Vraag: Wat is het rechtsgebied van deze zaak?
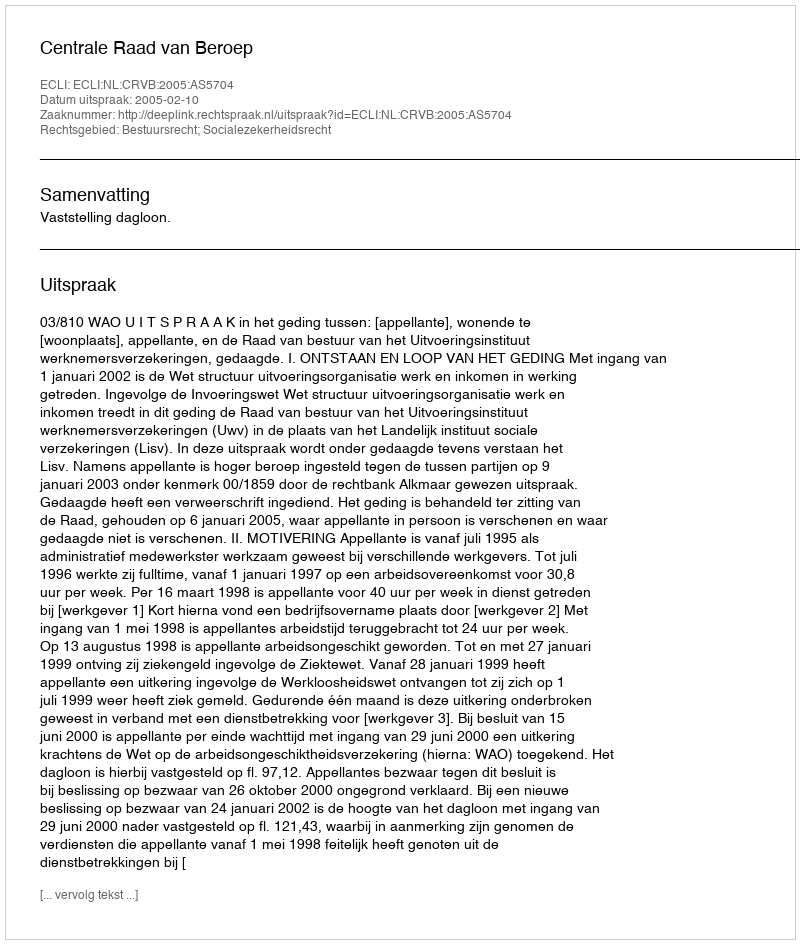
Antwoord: Bestuursrecht; Socialezekerheidsrecht